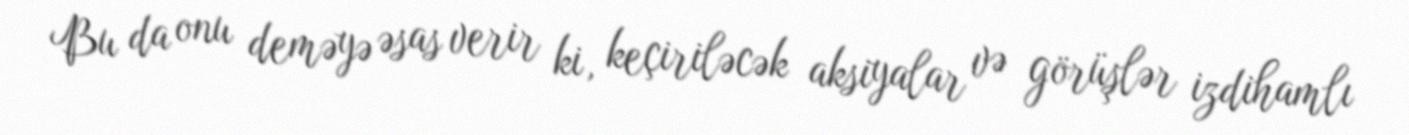
Bu da onu deməyə əsas verir ki, keçiriləcək aksiyalar və görüşlər izdihamlı